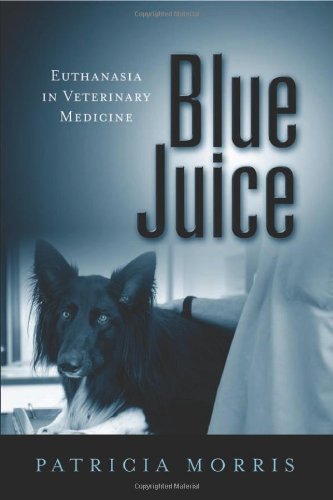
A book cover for Blue Juice: Euthanasia in Veterinary Medicine (Animals Culture And Society); Patricia Morris; Medical Books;